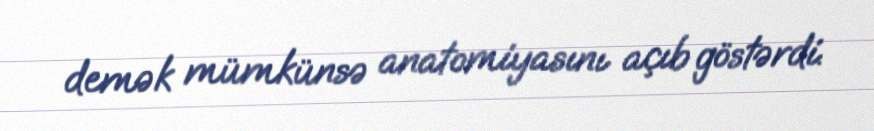
demək mümkünsə anatomiyasını açıb göstərdi.